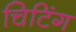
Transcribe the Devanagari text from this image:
चिटिंग